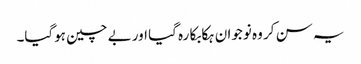
یہ سن کر وہ نوجوان ہکا بکا رہ گیا اور بے چین ہوگیا۔